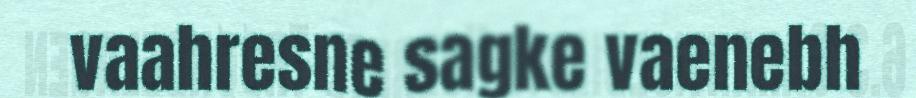
vaahresne sagke vaenebh